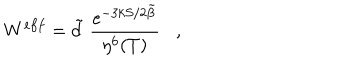
LaTeX: W ^ { e f f } = \tilde { d } \; \frac { e ^ { { - 3 k S } / { 2 \tilde { \beta } } } } { \eta ^ { 6 } ( T ) } ,